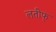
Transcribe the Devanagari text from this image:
लतीफ्